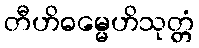
တီဟိဓမ္မေဟိသုတ္တံ